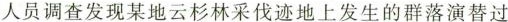
人员调查发现某地云杉林采伐迹地上发生的群落演替过